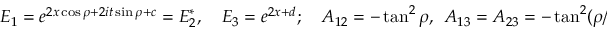
E _ { 1 } = e ^ { 2 x \cos \rho + 2 i t \sin \rho + c } = E _ { 2 } ^ { * } , \quad E _ { 3 } = e ^ { 2 x + d } ; \quad A _ { 1 2 } = - \tan ^ { 2 } \rho , \ \ A _ { 1 3 } = A _ { 2 3 } = - \tan ^ { 2 } ( \rho / 2 ) .